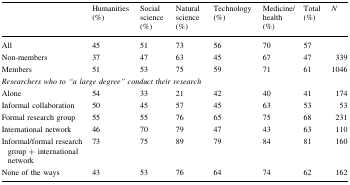
|  | Humanities (%) | Social science (%) | Natural science (%) | Technology (%) | Medicine/health (%) | Total (%) | N |
 | --- | --- | --- | --- | --- | --- | --- | --- |
 | All | 45 | 51 | 73 | 56 | 70 | 57 |  |
 | Non-members | 37 | 47 | 63 | 45 | 67 | 47 | 339 |
 | Members | 51 | 53 | 75 | 59 | 71 | 61 | 1046 |
 | <COLSPAN=8> Researchers who to “a large degree” conduct their research |
 | Alone | 54 | 33 | 21 | 42 | 40 | 41 | 174 |
 | Informal collaboration | 50 | 45 | 57 | 45 | 63 | 53 | 53 |
 | Formal research group | 55 | 55 | 76 | 65 | 75 | 68 | 231 |
 | International network | 46 | 70 | 79 | 47 | 43 | 63 | 110 |
 | Informal/formal research group + international network | 73 | 75 | 89 | 79 | 84 | 81 | 160 |
 | None of the ways | 43 | 53 | 76 | 64 | 74 | 62 | 162 |